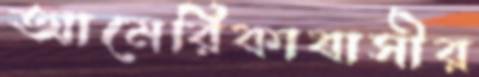
আমেরিকাবাসীর